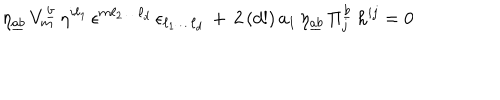
LaTeX: \eta _ { \underline { { { a b } } } } \, V _ { m } ^ { \underline { { { b } } } } \, \eta ^ { i \ell _ { 1 } } \, \epsilon ^ { m \ell _ { 2 } \dots \ell _ { d } } \, \epsilon _ { \ell _ { 1 } \dots \ell _ { d } } \, + \, 2 \, ( d ! ) \, a _ { 1 } \, \eta _ { \underline { { { a b } } } } \, \Pi _ { j } ^ { \underline { { { b } } } } \, h ^ { i j } = 0